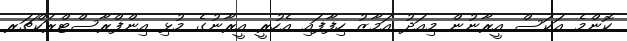
ކޮންމެ އަކަސް އީރާނުން މިއަދު އަމާޒު ހިފާފައި އެހުރީ އީރާނުގެ މުޅި އިންފްރާސްޓްރަކްޗަރ